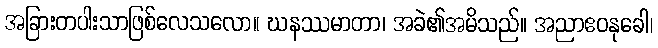
အခြားတပါးသာဖြစ်လေသလော။ ဃနဿမာတာ၊ အခဲ၏အမိသည်။ အညာဧဝနုခေါ၊